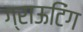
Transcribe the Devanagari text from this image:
ग्राऊटिंग